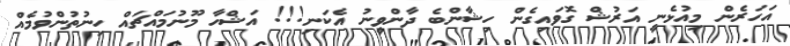
އަހަރެން މިއުޅެނީ އަރުޝް ގޮވައިގެން ހިޝާންބެ ދާންވީނު އެކަނި!!! އަޝްހާ މޫނުމައްޗައް ހިނުތުންވުމެއް